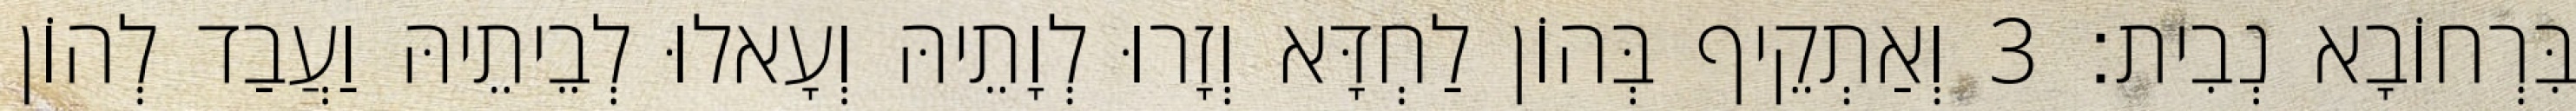
בִּרְחוֹבָא נְבִית׃ 3 וְאַתְקֵיף בְּהוֹן לַחְדָּא וְזָרוּ לְוָתֵיהּ וְעָאלוּ לְבֵיתֵיהּ וַעֲבַד לְהוֹן